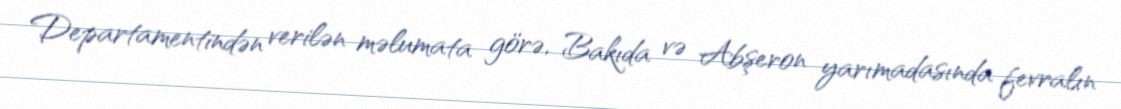
Departamentindən verilən məlumata görə, Bakıda və Abşeron yarımadasında fevralın